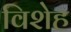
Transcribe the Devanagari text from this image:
विशेह